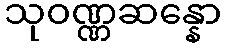
သုဝဏ္ဏဆန္နော